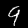
Digit: 9